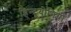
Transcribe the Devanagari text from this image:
हिन्दूयोगियों